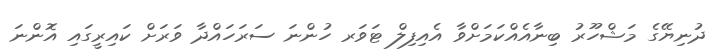
ދުނިޔޭގެ މަޝްހޫރު ބިނާއެއްކަމަށްވާ އެއިފިލް ޓަވަރ ހުންނަ ސަރަހައްދާ ވަރަށް ކައިރީގައި އޮންނަ